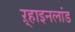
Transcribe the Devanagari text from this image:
ऱ्हाइनलांड